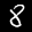
Label: 8